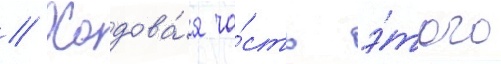
// Ходова́я ча́сть э́того